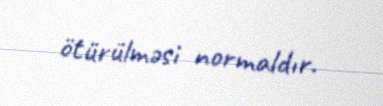
ötürülməsi normaldır.